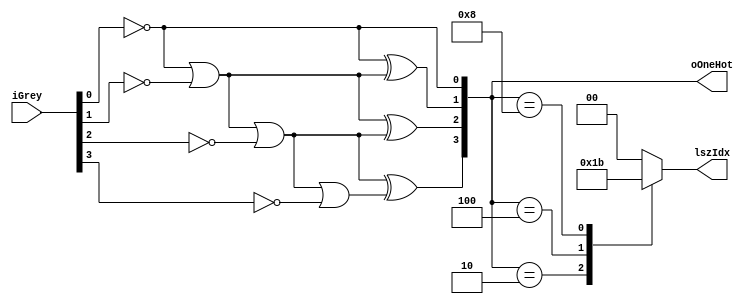
`ifndef lsz
`define lsz

module lsz # (
    parameter BITWIDTH = 4,
    parameter LOGBITWIDTH = $clog2(BITWIDTH) //ceiling of log base 2 of value
) (
    input wire [BITWIDTH - 1: 0] iGrey, //grey number
    output wire [BITWIDTH - 1: 0] oOneHot, //one-hot encoding
    output reg [LOGBITWIDTH - 1: 0] lszIdx //index of LS 0
);
    wire [BITWIDTH - 1: 0] tc; //priority based

    genvar i;

    //temporal/thermometer coding
    assign tc[0] = ~iGrey[0]; 
    generate 
        for (i = 1; i < BITWIDTH; i = i + 1) begin
            assign tc[i] = tc[i - 1] | ~iGrey[i];
        end
    endgenerate

    //one-hot coding
    genvar j;
    
    assign oOneHot[0] = tc[0];
    generate 
        for(j = 1; j < BITWIDTH; j = j + 1) begin
            assign oOneHot[j] = tc[j - 1] ^ tc[j];
        end
    endgenerate

    always@(*) begin
        case(oOneHot)
            'd1 : lszIdx = 'd0;
            'd2 : lszIdx = 'd1;
            'd4 : lszIdx = 'd2;
            'd8 : lszIdx = 'd3;
            'd16 : lszIdx = 'd4;
            'd32 : lszIdx = 'd5;
            'd64 : lszIdx = 'd6;
            'd128 : lszIdx = 'd7;
            'd256 : lszIdx = 'd8;
            'd512 : lszIdx = 'd9;
            default : lszIdx = 'd0;
        endcase
    end

endmodule

`endif